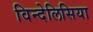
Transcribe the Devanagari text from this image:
विन्देलिसिया